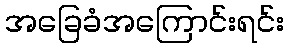
အခြေခံအကြောင်းရင်း